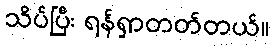
သိပ်ပြီး ရန်ရှာတတ်တယ်။